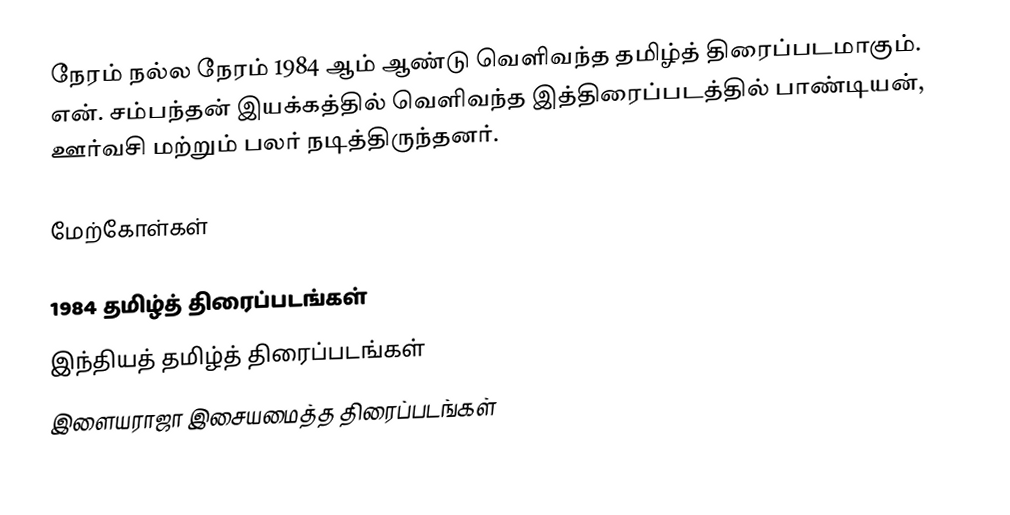
நேரம் நல்ல நேரம் 1984 ஆம் ஆண்டு வெளிவந்த தமிழ்த் திரைப்படமாகும். என். சம்பந்தன் இயக்கத்தில் வெளிவந்த இத்திரைப்படத்தில் பாண்டியன், ஊர்வசி மற்றும் பலர் நடித்திருந்தனர்.

மேற்கோள்கள்

1984 தமிழ்த் திரைப்படங்கள்
இந்தியத் தமிழ்த் திரைப்படங்கள்
இளையராஜா இசையமைத்த திரைப்படங்கள்